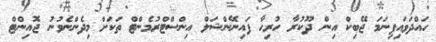
ހައްދަވައިފިނަަމަ ޖޭބިކް އިން ދޫކުރާ ހުރިހާ ފައިނޭންޝަލް އިންސްޓްރުމެންޓް ތަކަށް މިދެންނެވުނު ޖޮއިންޓް